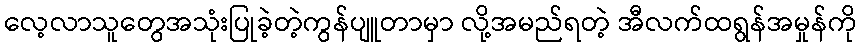
လေ့လာသူတွေအသုံးပြုခဲ့တဲ့ကွန်ပျူတာမှာ လို့အမည်ရတဲ့ အီလက်ထရွန်အမှုန်ကို